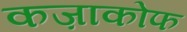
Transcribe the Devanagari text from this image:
कज़ाकोफ